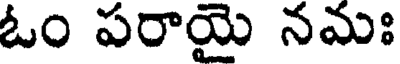
ఓం పరాయై నమః